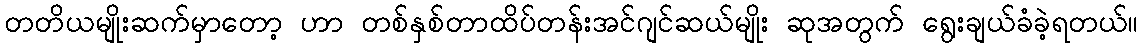
တတိယမျိုးဆက်မှာတော့ ဟာ တစ်နှစ်တာထိပ်တန်းအင်ဂျင်ဆယ်မျိုး ဆုအတွက် ရွေးချယ်ခံခဲ့ရတယ်။